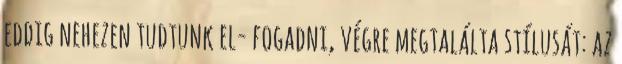
eddig nehezen tudtunk el- fogadni, végre megtalálta stílusát: az